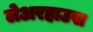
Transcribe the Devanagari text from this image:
लेअरहाउस